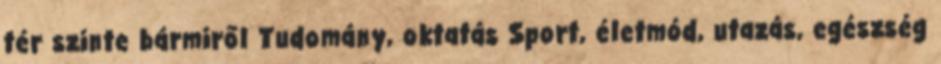
tér szinte bármiről Tudomány, oktatás Sport, életmód, utazás, egészség